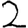
Digit: 2